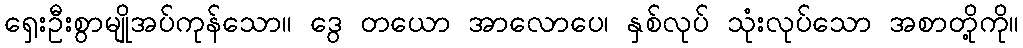
ရှေးဦးစွာမျိုအပ်ကုန်သော။ ဒွေ တယော အာလောပေ၊ နှစ်လုပ် သုံးလုပ်သော အစာတို့ကို။